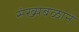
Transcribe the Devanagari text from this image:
संख्यबळाने